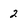
Character: 2